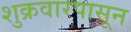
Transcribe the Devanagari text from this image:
शुक्रवारपासून